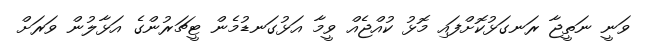
ވަނީ ނަތީޖާ ރަނގަޅުކޮށްފައި މޮޅު ކުއްޖެއް ވީމާ އަޅުގަނޑުމެން ޓީޗަރުންގެ އަޅާލުން ވަރަށް